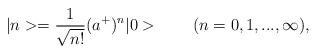
LaTeX: \begin{align*}|n>={1\over\sqrt{n!}}(a^+)^n|0>\hskip24pt (n=0,1,...,\infty),\end{align*}